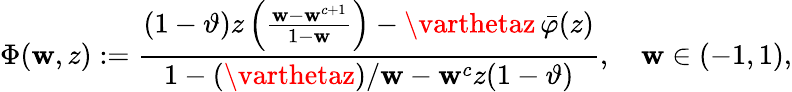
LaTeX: \Phi(\mathbf{w},z):=\frac{{(1-\vartheta)z\left(\frac{{\mathbf{w}-\mathbf{w}^{c+1}}}{{1-\mathbf{w}}}\right)-\varthetaz\, \bar{{\varphi}}(z)}}{{1-(\varthetaz)/\mathbf{w}-\mathbf{w}^{c}z(1-\vartheta)}},\quad\mathbf{w}\in(-1,1),